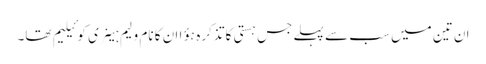
ان تین میں سب سے پہلے جس ہستی کا تذکرہ ہؤا ان کا نام ولیم ہینری کوئیلیم تھا۔